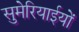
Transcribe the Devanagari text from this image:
सुमेरियाईयों